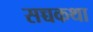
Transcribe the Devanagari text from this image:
सच्चकथा